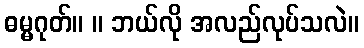
ဓမ္မဂုတ်။ ။ ဘယ်လို အလည်လုပ်သလဲ။